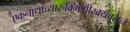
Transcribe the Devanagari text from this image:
एकनाथांच्यारुक्मिणीस्वयंवराने